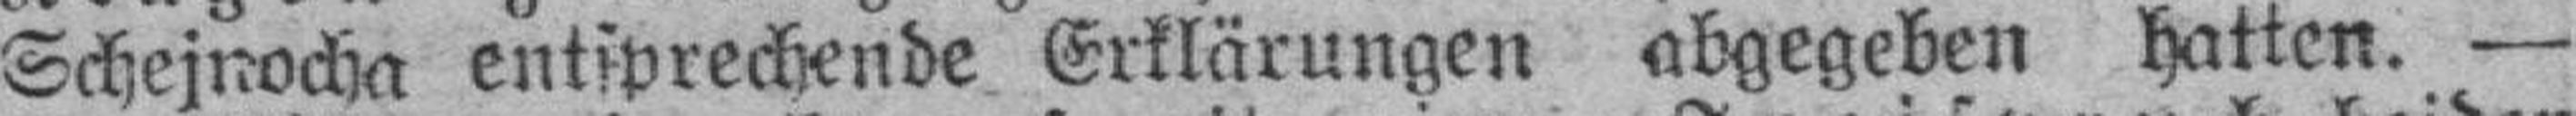
Schejnocha entsprechende Erklärungen abgegeben hatten. —